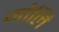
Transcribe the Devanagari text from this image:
गोलि